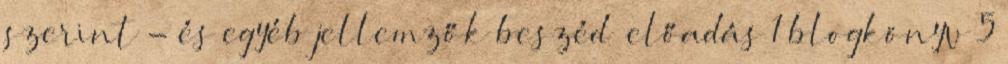
szerint - és egyéb jellemzők beszéd előadás 1 blogkönyv 5